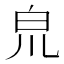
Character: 𤽇